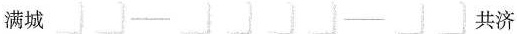
满城 共济